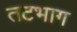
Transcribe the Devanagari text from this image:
तटभाग